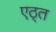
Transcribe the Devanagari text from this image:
एठ्त